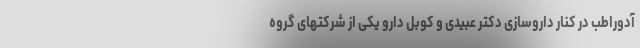
آدوراطب در کنار داروسازی دکتر عبیدی و کوبل دارو یکی از شرکتهای گروه